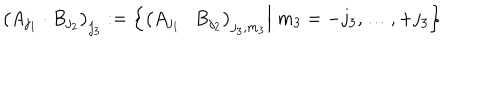
LaTeX: \big ( A _ { j _ { 1 } } \cdot B _ { j _ { 2 } } \big ) _ { j _ { 3 } } : = \left\{ \big ( A _ { j _ { 1 } } \cdot B _ { j _ { 2 } } \big ) _ { j _ { 3 } , m _ { 3 } } \Big | \; m _ { 3 } = - j _ { 3 } , \dots , + j _ { 3 } \right\}